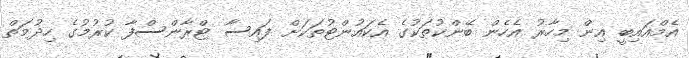
އެމްއައިބީ އިން މިހާރު އެހެން ބޭންކުތަކުގެ އެކައުންޓުތަކަށް ފައިސާ ޓްރާންސްފާ ކުރުމުގެ ހިދުމަތް